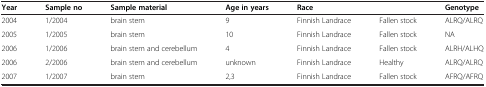
<table><thead><tr><td><b>Year</b></td><td><b>Sample no</b></td><td><b>Sample material</b></td><td><b>Age in years</b></td><td><b>Race</b></td><td><b> </b></td><td><b>Genotype</b></td></tr></thead><tbody><tr><td>2004</td><td>1/2004</td><td>brain stem</td><td>9</td><td>Finnish Landrace</td><td>Fallen stock</td><td>ALRQ/ALRQ</td></tr><tr><td>2005</td><td>1/2005</td><td>brain stem</td><td>10</td><td>Finnish Landrace</td><td>Fallen stock</td><td>NA</td></tr><tr><td>2006</td><td>1/2006</td><td>brain stem and cerebellum</td><td>4</td><td>Finnish Landrace</td><td>Fallen stock</td><td>ALRH/ALHQ</td></tr><tr><td>2006</td><td>2/2006</td><td>brain stem and cerebellum</td><td>unknown</td><td>Finnish Landrace</td><td>Healthy</td><td>ALRQ/ALRQ</td></tr><tr><td>2007</td><td>1/2007</td><td>brain stem</td><td>2,3</td><td>Finnish Landrace</td><td>Fallen stock</td><td>AFRQ/AFRQ</td></tr></tbody></table>